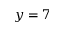
y = 7